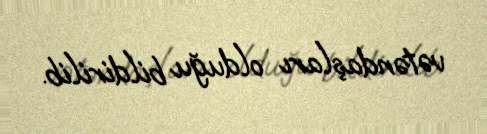
vətəndaşları olduğu bildirilib.